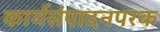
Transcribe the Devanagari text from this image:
कार्यसंपादनपरक